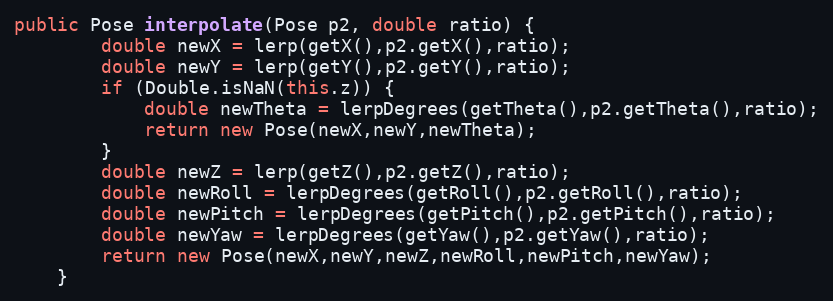
Language: Java
public Pose interpolate(Pose p2, double ratio) {
		double newX = lerp(getX(),p2.getX(),ratio);
		double newY = lerp(getY(),p2.getY(),ratio);
		if (Double.isNaN(this.z)) {
			double newTheta = lerpDegrees(getTheta(),p2.getTheta(),ratio);
			return new Pose(newX,newY,newTheta);
		}
		double newZ = lerp(getZ(),p2.getZ(),ratio);
		double newRoll = lerpDegrees(getRoll(),p2.getRoll(),ratio);
		double newPitch = lerpDegrees(getPitch(),p2.getPitch(),ratio);
		double newYaw = lerpDegrees(getYaw(),p2.getYaw(),ratio);
		return new Pose(newX,newY,newZ,newRoll,newPitch,newYaw);
	}